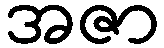
အဇာ